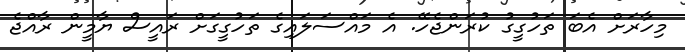
މިހާރަށް އެބަ ތަހުގީގު ކުރަންޖެހޭ. އެ މައްސަލައިގެ ތަހުގީގަށް ރައީސް ޔާމީން ރާއްޖެ